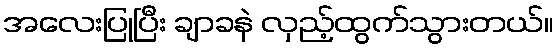
အလေးပြုပြီး ချာခနဲ လှည့်ထွက်သွားတယ်။